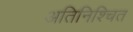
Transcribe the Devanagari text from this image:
अतिनिश्चित